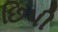
છિપી